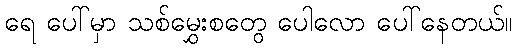
ရေ ပေါ်မှာ သစ်မွှေးစတွေ ပေါလော ပေါ်နေတယ်။